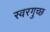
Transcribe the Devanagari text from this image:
स्वरगुच्छ